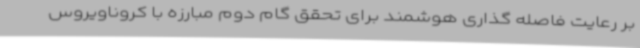
بر رعایت فاصله گذاری هوشمند برای تحقق گام دوم مبارزه با کروناویروس